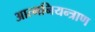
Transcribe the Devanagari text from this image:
आत्मनियन्त्राण